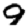
Digit: 9